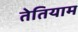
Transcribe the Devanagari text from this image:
तेतियाम